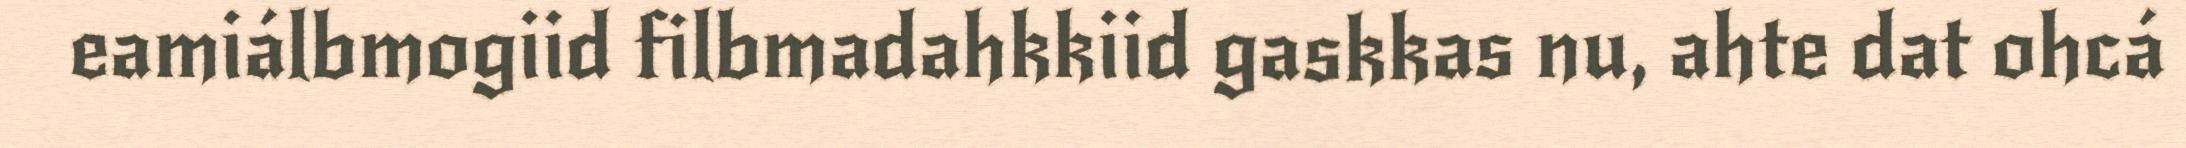
eamiálbmogiid filbmadahkkiid gaskkas nu, ahte dat ohcá